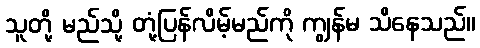
သူတို့ မည်သို့ တုံ့ပြန်လိမ့်မည်ကို ကျွန်မ သိနေသည်။